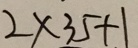
2 \times 3 5 + 1